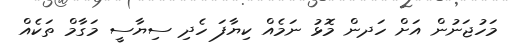
މަހުޖަނުން އަށް ހަދން މޮޅު ނަމެއް ކިޔާފަ ހެދި ސިޔާސީ މަގާމް ތަކެއް